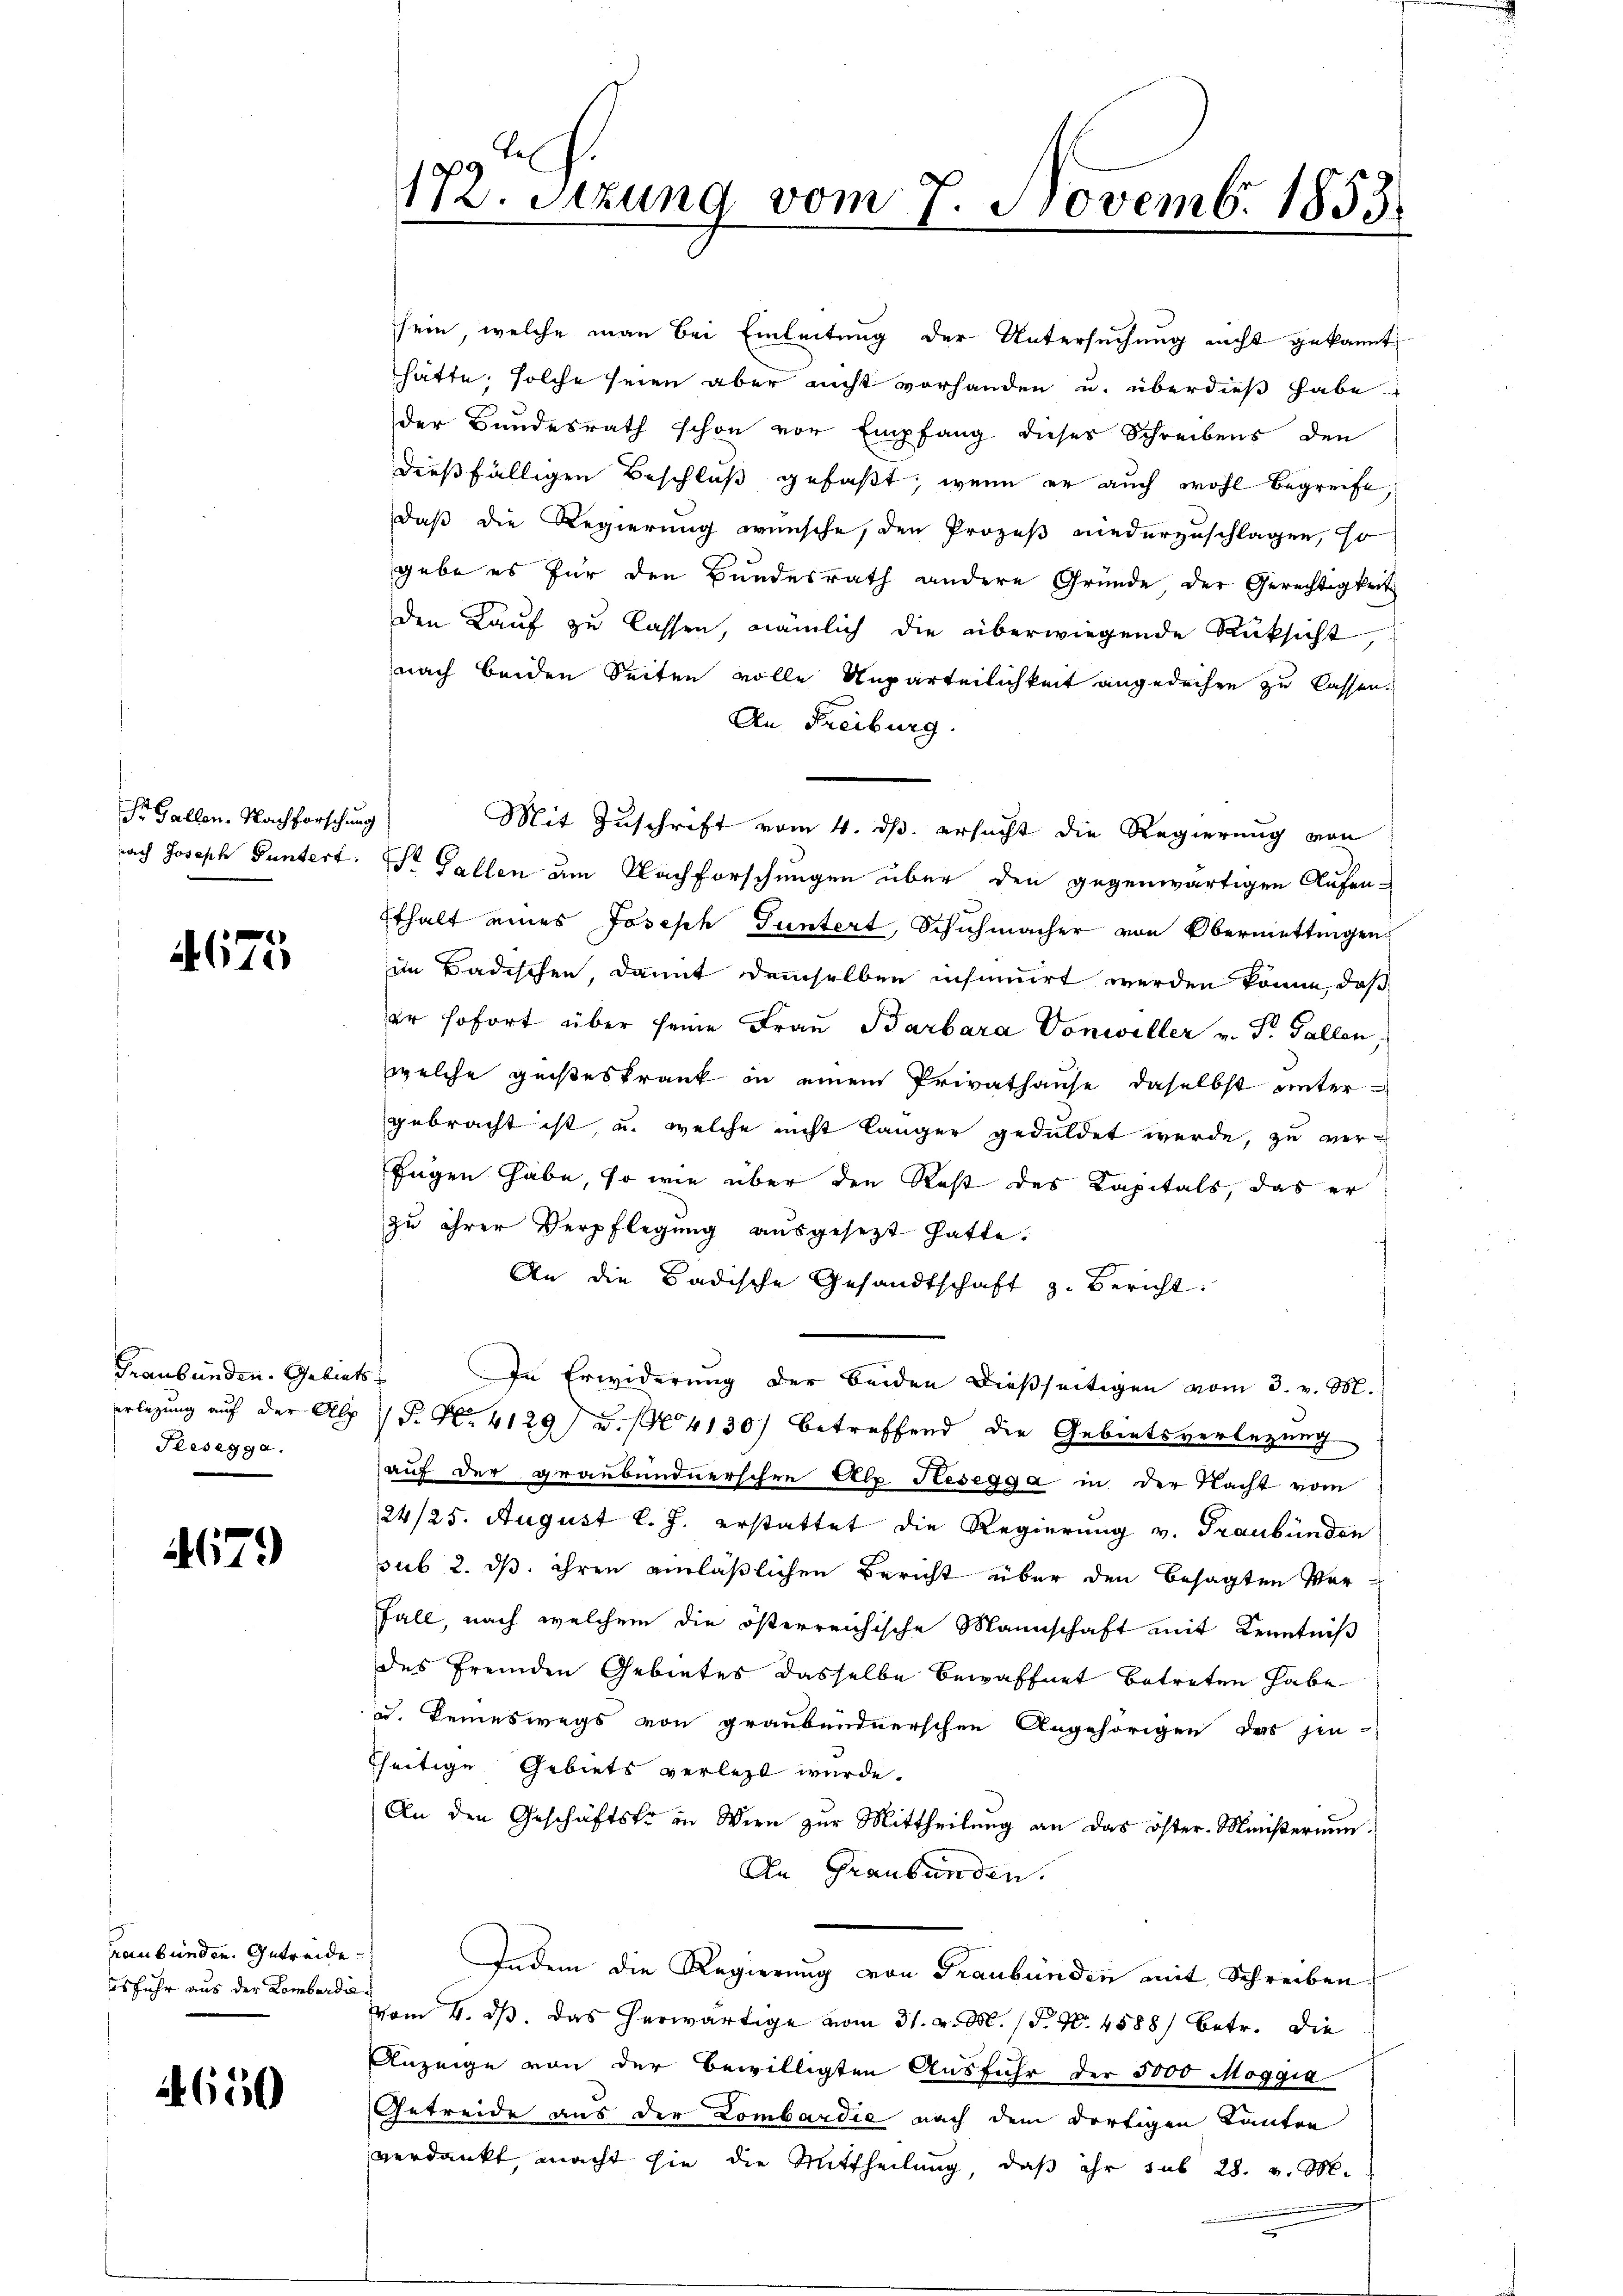
Dr. Gallen. Nachforschung
nach Joseph Funtert.

675

Graubünden. Gebiets
erlegung auf der Alp
Tresegga.

79)

Graubünden. Getreide
sfuhr aus der Lombardie

4650

d
17. Sitzung vom 7. Novemb. 1853.

sein, welche man bei Einleitung der Untersuchung nicht gekannt
hätte, solche seien aber nicht vorhanden u. überdieß habe.
der Bundesrath schon vor Empfang dieses Schreibens den
dießfälligen Beschluß gefaßt, wenn er auch wohl begreife,
daß die Regierung wünsche, den Prozeß niederzuschlagen, so
gabe es für den Bundesrath andere Gründe der Gerechtigkeit
den Kauf zu lassen, nämlich die überwiegende Rücksicht,
nach beiden Seiten volle Unparteilichkeit angedachen zu lassen.
An Freiburg.
St. Gallen um Nachforschungen über den gegenwärtigen Aufen-
Ethalt eines Joseph Guntert, Schuhmacher von Obermettingen
im Badischen, damit demselben insamirt werden könne, daß
er sofort über seine Frau Barbara Vonwiller v. St. Gallen,
welche geisteskrank in einem Privathause daselbst untergebracht ist u. welche nicht länger geduldet werde, zu ver¬
Eugen habe, so wie über den Rest des Kapitals, das er
zŭ ihrer Verpflegŭng aŭsgesezt hatte.
An die Badische Gesandtschaft z. Bericht.
In Erwiderung der beiden dießseitigen vom 3. v. M.
P. Nr. 4129) u. 4130) betreffend die Gebietsverlegung
auf der graubündnerschen Alp. Resegga in der Nacht vom
24/25. August l. J. erstattet die Regierung v. Graubünden
sub 2. ds. ihren einläßlichen Bericht über den besagten Ver¬
Fall, nach welchem die österreichische Mannschaft mit Kenntniß
des fremden Gebietes dasselbe Bewaffnet betreten habe
u. keineswegs von graubündnerschen Angehörigen das jen-
seitige Gebiets verletzt wurde.
An den Geschäftstr in Wien zur Mittheilung an das öster-Ministerium
An Graubünden.
Indem die Regierung von Graubünden mit Schreiben
vom 4. ds. Das herwärtige vom 31. v. M. (T. N. 4588) betr. die
Anzeige von der bewilligten Ausfuhr der 5000 Moggia
Getreide aus der Lombardie nach dem dortigen Kanton
verdankt, macht sie die Mittheilung, daß ihr sub 28. v. M.

Mit Zuschrift vom 4. ds. ersucht die Regierung von